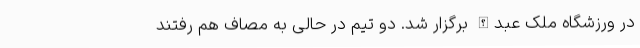
در ورزشگاه ملک عبدالله برگزار شد. دو تیم در حالی به مصاف هم رفتند